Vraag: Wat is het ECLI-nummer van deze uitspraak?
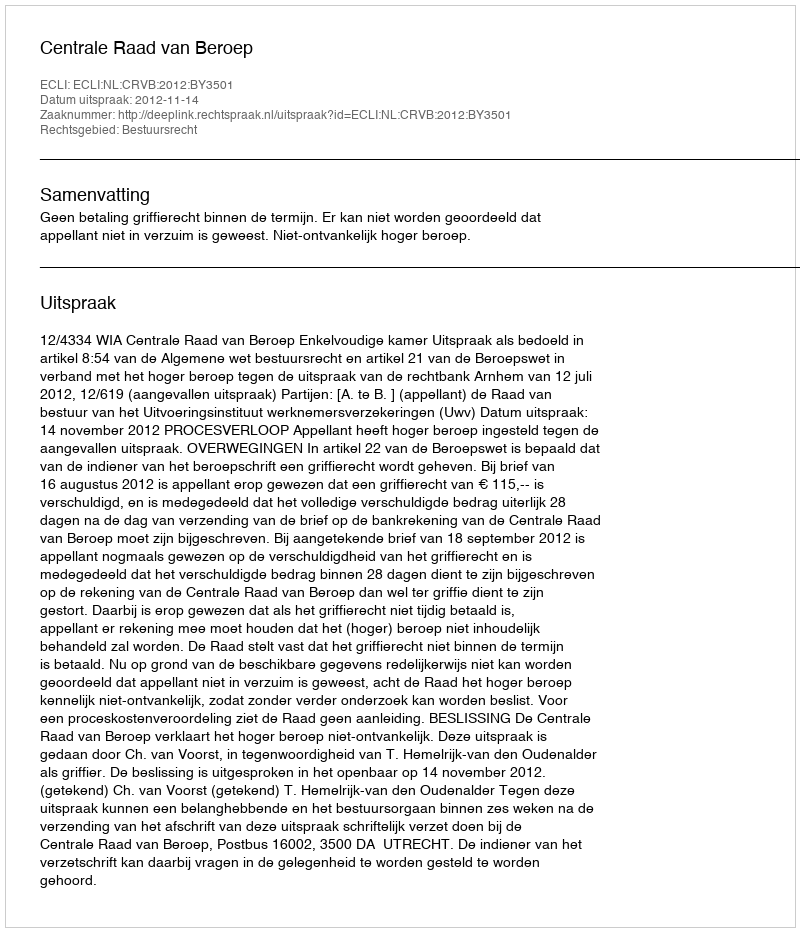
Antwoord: ECLI:NL:CRVB:2012:BY3501